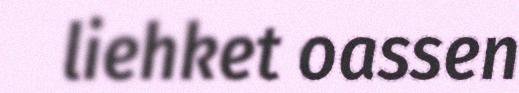
liehket oassen